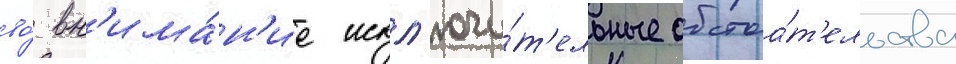
во́ вн'има́н'ие искл'ючи́т'ельные обстоа́т'ельства